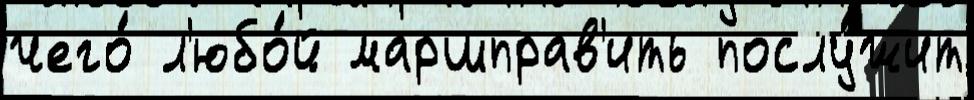
чего́ л'юбо́й маршправ'ить послу́жит